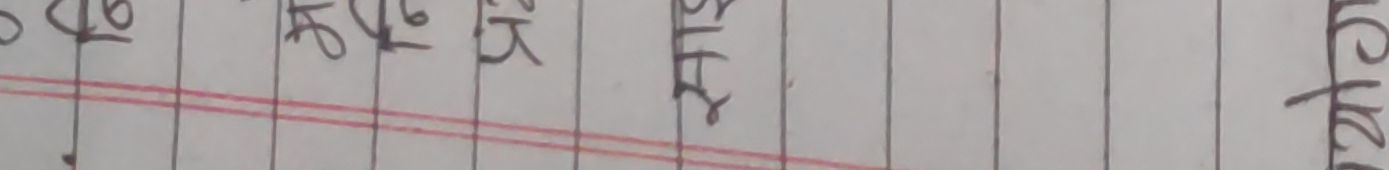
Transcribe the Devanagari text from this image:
७६
भय
अदि
मात्र
एक रुपैयाँ